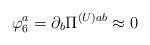
LaTeX: \begin{align*}\varphi_{6}^{a} = \partial_{b}\Pi^{(U) ab} \approx 0\end{align*}